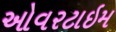
ઓવરટાઇમ